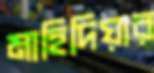
মাহিদিয়ার